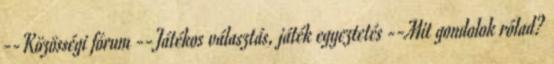
--Közösségi fórum --Játékos választás, játék egyeztetés --Mit gondolok rólad?